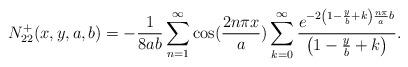
LaTeX: \begin{align*}N_{22}^{+}(x,y,a,b)=-\frac{1}{8ab}\sum_{n=1}^{\infty }\cos (\frac{2n\pi x}{a})\sum_{k=0}^{\infty }\frac{e^{-2\left( 1-\frac{y}{b}+k\right) \frac{n\pi }{a}b}}{\left( 1-\frac{y}{b}+k\right)}.\end{align*}